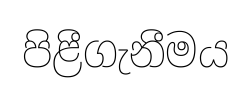
පිළීගැනීමය